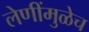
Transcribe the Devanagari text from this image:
लेणींमुळेच